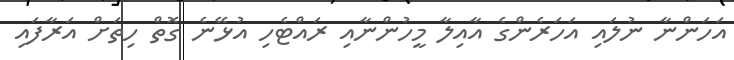
އަހަންނާ ނުލައި އަހަރެންގެ އާއިލާ މީހުންނާއި ރައްޓެހި އުޅޭނެ ގޮތް ހިތަށް އަރާފައި